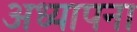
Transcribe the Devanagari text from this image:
अध्यापना